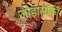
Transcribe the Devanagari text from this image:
जोड़ासाँको